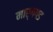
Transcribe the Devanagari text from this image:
मार्गगड